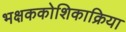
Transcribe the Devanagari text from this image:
भक्षककोशिकाक्रिया